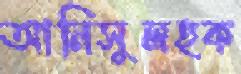
আনিসুলহক